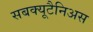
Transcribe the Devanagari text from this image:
सबक्यूटैनिअस